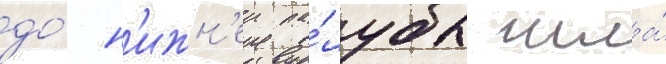
до́ н'ижн'еи па́лубы шла́